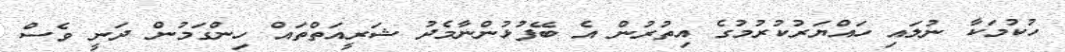
ހުކުމަކާ ނުލައި ހައްޔަރުކުރުމުގެ އިތުރުން އެ ބޭފުޅުންނާމެދު ޝަރީއަތްތައް ހިންގަމުން ދަނީ ވެސް